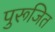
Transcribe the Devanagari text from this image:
पुरूजित